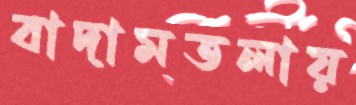
বাদামতলায়